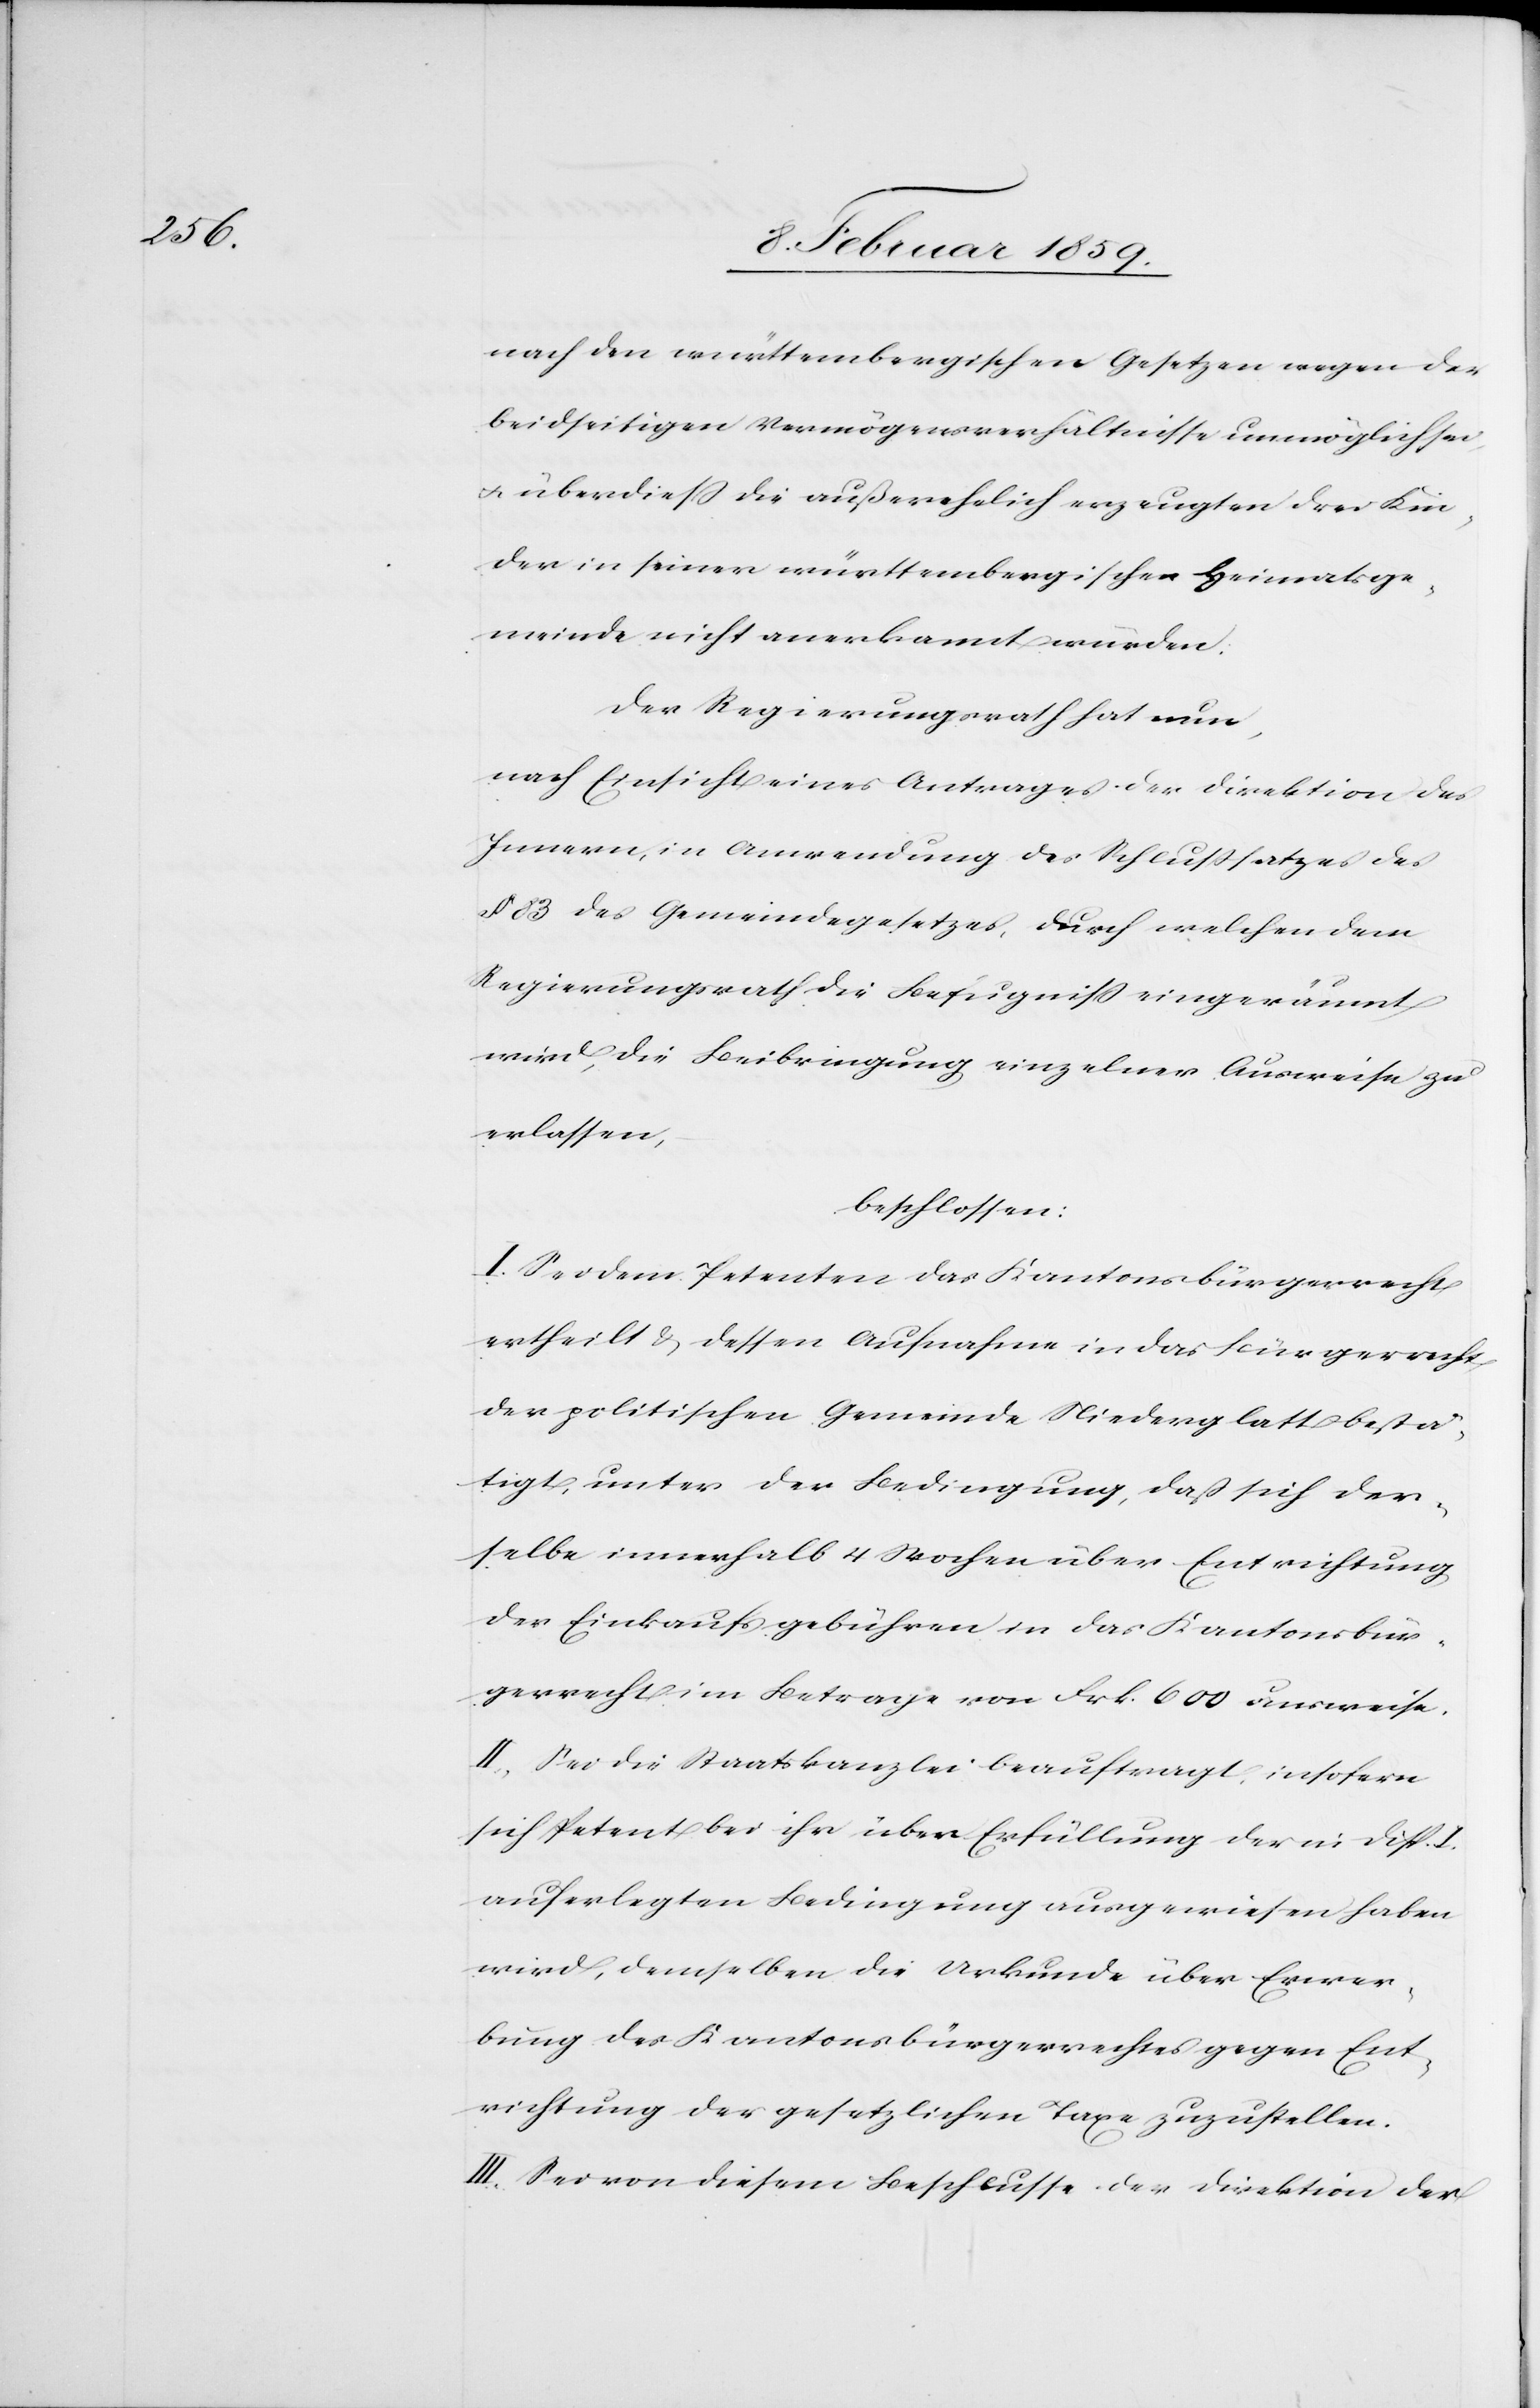
nach den württembergischen Gesetzen wegen der
beidseitigen Vermögensverhältnisse unmöglich sei
u. überdieß die außerehelich erzeugten drei Kin¬
der in seiner württembergischen Heimatsge¬
meinde nicht anerkannt würden.
Der Regierungsrath hat nun,
nach Einsicht eines Antrages der Direktion des
Innern, in Anwendung des Schlußsatzes des
§ 83 des Gemeindegesetzes, durch welchen dem
Regierungsrath die Befugniß eingeräumt
wird, die Beibringung einzelner Ausweise zu
erlassen,
beschlossen:
I. Sei dem Petenten das Kantonsbürgerrecht
ertheilt & dessen Aufnahme in das Bürgerrecht
der politischen Gemeinde Niederglatt bestä¬
tigt, unter der Bedingung, daß sich der¬
selbe innerhalb 4 Wochen über Entrichtung
der Einkaufsgebühren in das Kantonsbür¬
gerrecht im Betrage von Frk. 600 ausweise.
II. Sei die Staatskanzlei beauftragt, insofern
sich Petent bei ihr über Erfüllung der in disp. i.
auferlegten Bedingung ausgewiesen haben
wird, demselben die Urkunde über Erwer¬
bung des Kantonsbürgerrechtes gegen Ent¬
richtung der gesetzlichen Taxe zuzustellen.
III. Sei von diesem Beschlusse der Direktion der